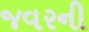
જવરની